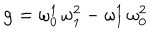
{ \bf g } = \omega _ { 0 } ^ { 1 } \, \omega _ { 1 } ^ { 2 } - \omega _ { 1 } ^ { 1 } \, \omega _ { 0 } ^ { 2 }